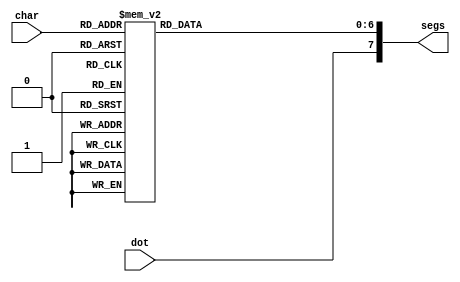
/*
   This file was generated automatically by the Mojo IDE version B1.3.5.
   Do not edit this file directly. Instead edit the original Lucid source.
   This is a temporary file and any changes made to it will be destroyed.
*/

module sevenseg_30 (
    input dot,
    input [3:0] char,
    output reg [7:0] segs
  );
  
  
  
  reg [6:0] sg;
  
  always @* begin
    
    case (char)
      4'h0: begin
        sg = 7'h3f;
      end
      4'h1: begin
        sg = 7'h06;
      end
      4'h2: begin
        sg = 7'h5b;
      end
      4'h3: begin
        sg = 7'h4f;
      end
      4'h4: begin
        sg = 7'h66;
      end
      4'h5: begin
        sg = 7'h6d;
      end
      4'h6: begin
        sg = 7'h7d;
      end
      4'h7: begin
        sg = 7'h07;
      end
      4'h8: begin
        sg = 7'h7f;
      end
      4'h9: begin
        sg = 7'h67;
      end
      4'ha: begin
        sg = 7'h77;
      end
      4'hb: begin
        sg = 7'h7c;
      end
      4'hc: begin
        sg = 7'h39;
      end
      4'hd: begin
        sg = 7'h5e;
      end
      4'he: begin
        sg = 7'h79;
      end
      4'hf: begin
        sg = 7'h71;
      end
      default: begin
        sg = 7'h00;
      end
    endcase
    segs = {dot, sg};
  end
endmodule